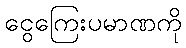
ငွေကြေးပမာဏကို